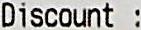
DISCOUNT :